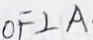
O F \bot A